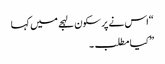
“اس نے پر سکون لہجے میں کہا
” کیا مطلب ۔